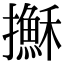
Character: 𢸫